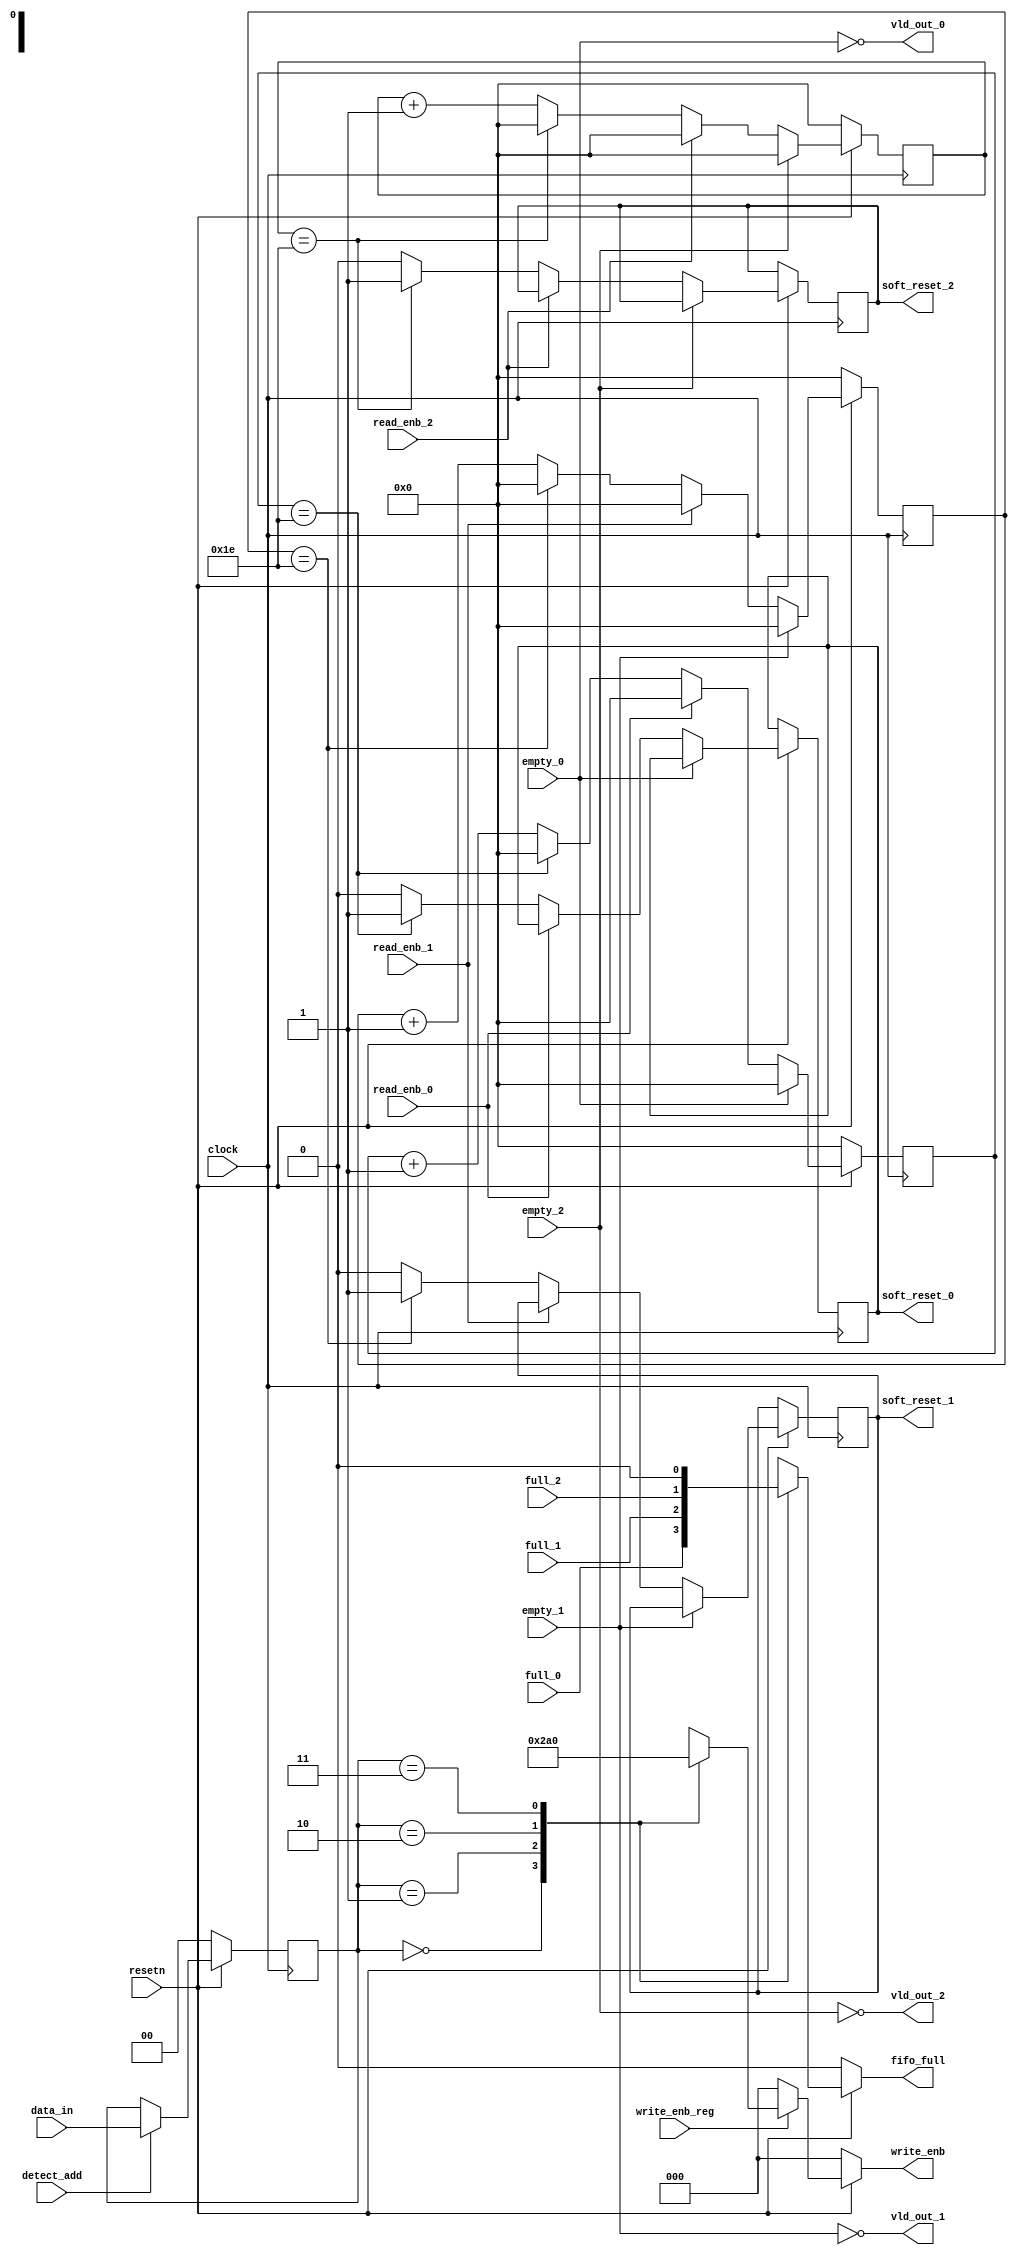
module router_sync(write_enb,fifo_full,vld_out_0,vld_out_1,vld_out_2,soft_reset_0,soft_reset_1,soft_reset_2,clock,resetn,data_in,detect_add,full_0,full_1,full_2,empty_0,empty_1,empty_2,write_enb_reg,read_enb_0,read_enb_1,read_enb_2);

    output reg [2:0]write_enb;
    output vld_out_0,vld_out_1,vld_out_2;
    output reg fifo_full,soft_reset_0,soft_reset_1,soft_reset_2;

    input [1:0]data_in;

    input clock,resetn,detect_add,write_enb_reg;
    input full_0,full_1,full_2,empty_0,empty_1,empty_2,read_enb_0,read_enb_1,read_enb_2;

    reg [1:0]temp_data_in;
    reg [5:0]count_0,count_1,count_2;


    assign vld_out_0=~empty_0;
    assign vld_out_1=~empty_1;
    assign vld_out_2=~empty_2;
    
    //data_in
    always @(posedge clock) begin
        if(!resetn) begin
          temp_data_in<=2'b0;
        end
        else if (detect_add) begin
          temp_data_in<= data_in;
        end
    end

    //write enable
    always @(*) begin
        if (!resetn) begin
            write_enb<=3'b000;
        end
        else if(write_enb_reg) 
            begin
                case(temp_data_in)
                    2'b00: write_enb=3'b001;
                    2'b01: write_enb=3'b010;
                    2'b10: write_enb=3'b100;
                    2'b11: write_enb=3'b000;
                default write_enb=3'b000;
                endcase
            end
        else 
        write_enb=3'b000;
    end

    //fifo operation
    always @(*) begin
        if(!resetn) begin
          fifo_full=1'b0;
            end
        else 
            begin
                case(temp_data_in)
                2'b00: fifo_full=full_0;
                2'b01: fifo_full=full_1;
                2'b10: fifo_full=full_2;
                2'b11: fifo_full=1'b0;
                default fifo_full=1'b0; 
            endcase
            end

    end

    
    //soft reset counter 
    // counter 0
    always@(posedge clock)
	    begin
		if(!resetn)
			count_0<=5'b0;
		else if(vld_out_0)
			begin
				if(!read_enb_0)
					begin
						if(count_0==5'b11110)	
							begin
								soft_reset_0<=1'b1;
								count_0<=1'b0;
							end
						else
							begin
								count_0<=count_0+1'b1;
								soft_reset_0<=1'b0;
							end
					end
				else 
                count_0<=5'd0;
			end
		else 
        count_0<=5'd0;
	end

	//counter 1
    always@(posedge clock)
	    begin
		if(!resetn)
			count_1<=5'b0;
		else if(vld_out_1)
			begin
				if(!read_enb_1)
					begin
						if(count_1==5'b11110)	
							begin
								soft_reset_1<=1'b1;
								count_1<=1'b0;
							end
						else
							begin
								count_1<=count_1+1'b1;
								soft_reset_1<=1'b0;
							end
					end
				else 
                count_1<=5'd0;
			end
		else 
        count_1<=5'd0;
	end
	//counter 2
    always@(posedge clock)
	    begin
		if(!resetn)
			count_2<=5'b0;
		else if(vld_out_2)
			begin
				if(!read_enb_2)
					begin
						if(count_2==5'b11110)	
							begin
								soft_reset_2<=1'b1;
								count_2<=1'b0;
							end
						else
							begin
								count_2<=count_2+1'b1;
								soft_reset_2<=1'b0;
							end
					end
				else 
                count_2<=5'd0;
			end
		else 
        count_2<=5'd0;
	end
	
endmodule